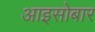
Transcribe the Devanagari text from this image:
आइसोबार